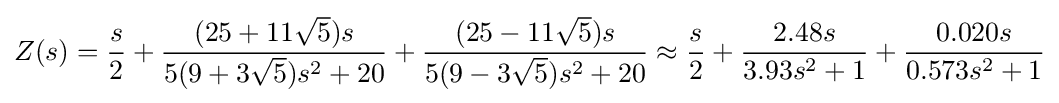
Z(s)={s \over 2}+{\frac {(25+11{\sqrt {5}})s}{5(9+3{\sqrt {5}})s^{2}+20}}+{\frac {(25-11{\sqrt {5}})s}{5(9-3{\sqrt {5}})s^{2}+20}}\approx {s \over 2}+{\frac {2.48s}{3.93s^{2}+1}}+{\frac {0.020s}{0.573s^{2}+1}}